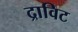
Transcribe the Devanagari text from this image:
द्राविट